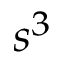
s ^ { 3 }